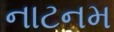
નાટનમ